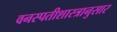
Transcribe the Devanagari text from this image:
वनस्पतीशास्त्रानुसार